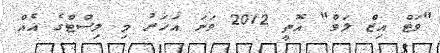
"ވަޓް އިޒް ލަވް" އޮތީ 2012 ވަނަ އަހަރު މި ލިސްޓްގެ އެއް